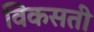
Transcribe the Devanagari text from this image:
विकसती